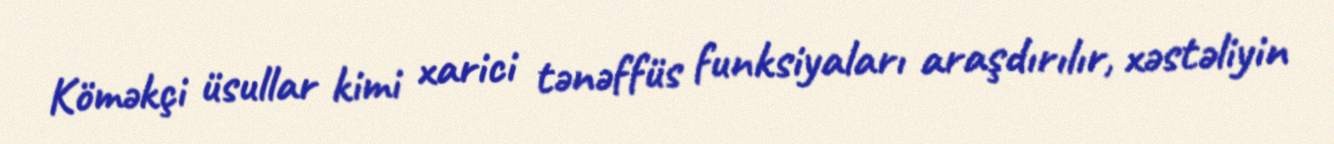
Köməkçi üsullar kimi xarici tənəffüs funksiyaları araşdırılır, xəstəliyin